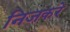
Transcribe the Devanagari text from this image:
निजकरे